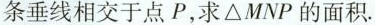
条垂线相交于点P，求 \triangle MNP的面积。